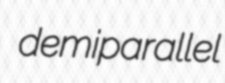
demiparallel